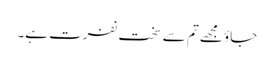
جاؤ مجھے تم سے سخت نفرت ہے۔